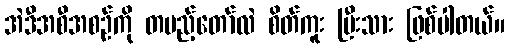
အဲဒီအစီအစဉ်ကို တပည့်တော်လဲ စိတ်ကူး ပြီးသား ဖြစ်ပါတယ်။